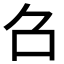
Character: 𠮥